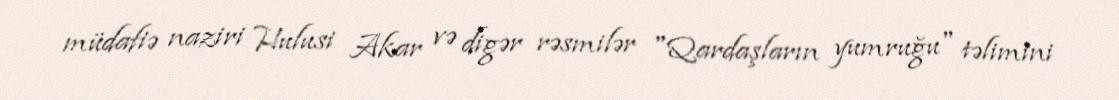
müdafiə naziri Hulusi Akar və digər rəsmilər "Qardaşların yumruğu" təlimini